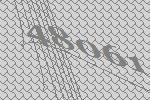
48061